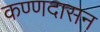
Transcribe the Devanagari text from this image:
कण्णदासन